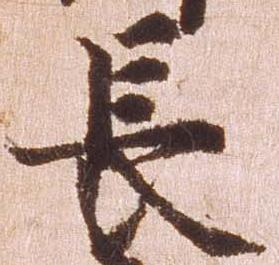
長